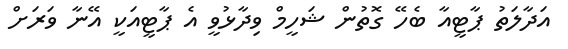
އަދާލަތު ޕާޓީއާ ބެހޭ ގޮތުން ޝަހީމް ވިދާޅުވީ އެ ޕާޓީއަކީ އޭނާ ވަރަށް